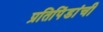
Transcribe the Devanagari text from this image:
प्रतिपिंडांची